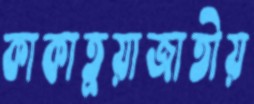
কাকাতুয়াজাতীয়